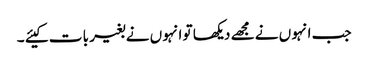
جب انہو ں نے مجھے دیکھا تو انہو ں نے بغیر با ت کیئے ۔